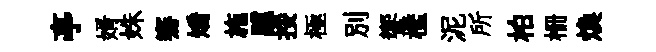
亭婿姝騫矯施驥挼極别饗檻泥所柏栅焕